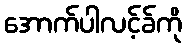
အောက်ပါလင့်ခ်ကို